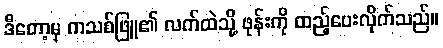
ဒီတော့မှ ကသစ်ဖြူ၏ လက်ထဲသို့ ဖုန်းကို ထည့်ပေးလိုက်သည်။